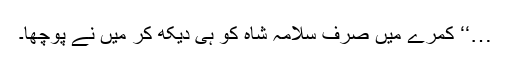
…‘‘ کمرے میں صرف سلامہ شاہ کو ہی دیکھ کر میں نے پوچھا۔